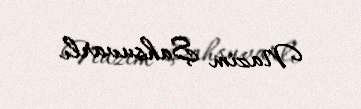
Nazim Şahsuvarlı